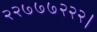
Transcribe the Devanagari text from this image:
२२७७७२२२।